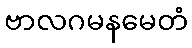
ဗာလဂမနမေတံ